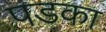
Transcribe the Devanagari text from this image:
पडका